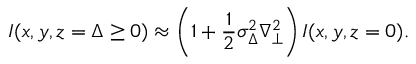
I ( x , y , z = \Delta \ge 0 ) \approx \left( 1 + \frac { 1 } { 2 } \sigma _ { \Delta } ^ { 2 } \nabla _ { \perp } ^ { 2 } \right) I ( x , y , z = 0 ) .